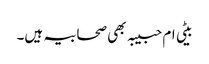
بیٹی ام حبیبہ بھی صحابیہ ہیں۔